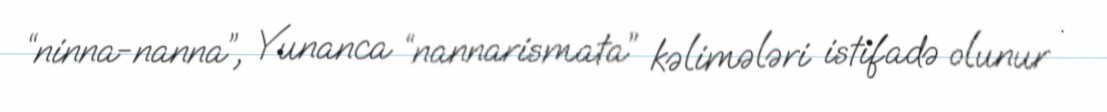
“ninna-nanna”, Yunanca “nannarismata” kəlimələri istifadə olunur .